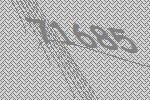
71685